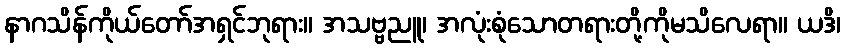
နာဂသိန်ကိုယ်တော်အရှင်ဘုရား။ အသဗ္ဗညူ၊ အလုံးစုံသောတရားတို့ကိုမသိလေရာ။ ယဒိ၊